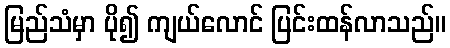
မြည်သံမှာ ပို၍ ကျယ်လောင် ပြင်းထန်လာသည်။